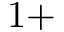
1 +